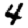
Digit: 4